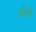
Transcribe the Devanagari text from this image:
कौची